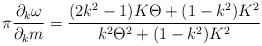
LaTeX: \begin{align*} \begin{aligned} \pi \frac{ \partial_k \omega}{\partial_k m} = \frac{(2k^2 - 1) K \Theta + (1 - k^2) K^2}{k^2 \Theta^2 + (1 - k^2) K^2} \end{aligned}\end{align*}